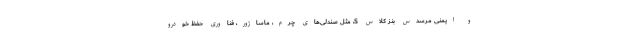
و ایمنی مرسدس بنز کلاس S، مثل صندلی‌های چرم، ماساژور، فناوری حفظ خودرو